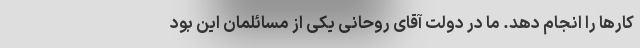
کارها را انجام دهد. ما در دولت آقای روحانی یکی از مسائلمان این بود